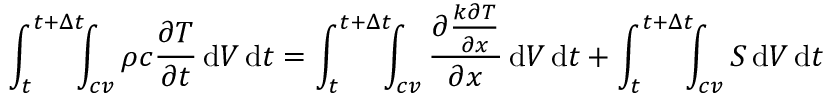
\int _ { t } ^ { t + \Delta t } \! \! \! \int _ { c v } \rho c { \frac { \partial T } { \partial t } } \, \mathrm { d } V \, \mathrm { d } t = \int _ { t } ^ { t + \Delta t } \! \! \! \int _ { c v } { \frac { \partial { \frac { k \partial T } { \partial x } } } { \partial x } } \, \mathrm { d } V \, \mathrm { d } t + \int _ { t } ^ { t + \Delta t } \! \! \! \int _ { c v } S \, \mathrm { d } V \, \mathrm { d } t